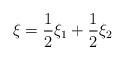
LaTeX: \begin{align*}\xi=\frac{1}{2}\xi_1+\frac{1}{2}\xi_2\end{align*}